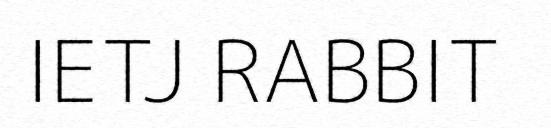
IETJ RABBIT